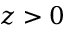
z > 0